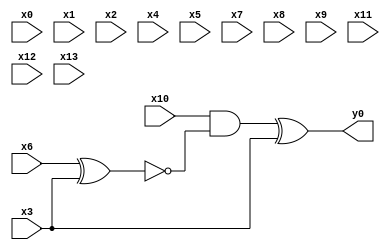
module top( x0 , x1 , x2 , x3 , x4 , x5 , x6 , x7 , x8 , x9 , x10 , x11 , x12 , x13 , y0 );
  input x0 , x1 , x2 , x3 , x4 , x5 , x6 , x7 , x8 , x9 , x10 , x11 , x12 , x13 ;
  output y0 ;
  wire n15 , n16 , n17 ;
  assign n15 = x6 ^ x3 ;
  assign n16 = x10 & ~n15 ;
  assign n17 = n16 ^ x3 ;
  assign y0 = n17 ;
endmodule